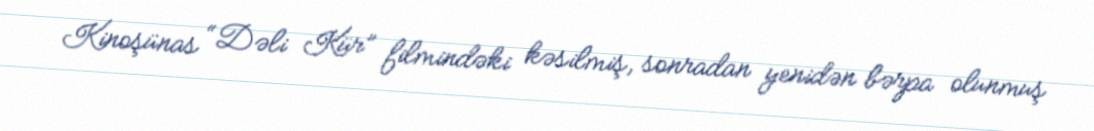
Kinoşünas “Dəli Kür” filmindəki kəsilmiş, sonradan yenidən bərpa olunmuş